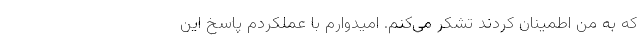
که به من اطمینان کردند تشکر می‌کنم. امیدوارم با عملکردم پاسخ این